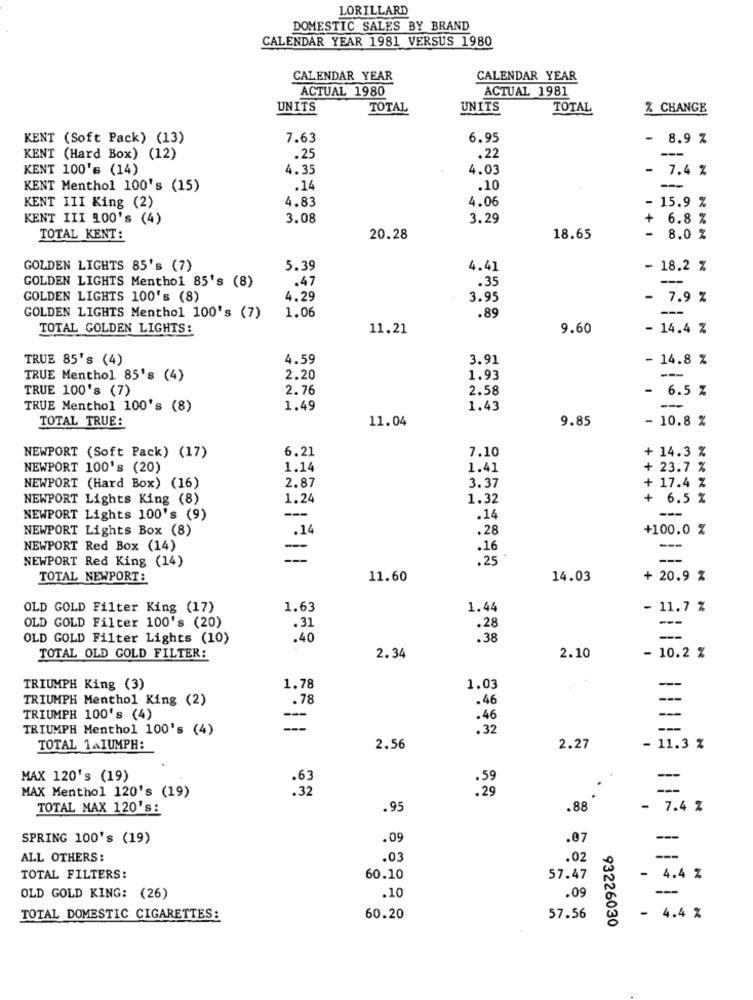
LORILLARD
DOMESTIC SALES BY BRAND
CALENDAR YEAR 1981 VERSUS 1980
CALENDAR YEAR
CALENDAR YEAR
ACTUAL 1980
ACTUAL 1981
UNITS
TOTAL
UNITS
TOTAL
% CHANGE
KENT (Soft Pack) (13)
7.63
6.95
-
8.9 %
KENT (Hard Box) (12)
.25
.22
KENT 100's (14)
4.35
4.03
7.4 %
KENT Menthol 100's (15)
.14
.10
-
4.83
4.06
KENT III King (2)
- 15.9 %
KENT III 100's (4)
3.08
3.29
6.8 %
+
TOTAL KENT:
20.28
18.65
8.0 %
GOLDEN LIGHTS 85's (7)
5.39
4.41
- 18.2 %
GOLDEN LIGHTS Menthol 85's (8)
.47
.35
---
GOLDEN LIGHTS 100's (8)
4.29
3.95
- 7.9 %
1.06
.89
GOLDEN LIGHTS Menthol 100's (7)
TOTAL GOLDEN LIGHTS:
11.21
9.60
- 14.4 %
TRUE 85's (4)
4.59
3.91
- 14.8 %
TRUE Menthol 85's (4)
2.20
1.93
---
TRUE 100's (7)
2.76
2.58
6.5 %
TRUE Menthol 100's (8)
1.49
1.43
-
TOTAL TRUE:
11.04
9.85
- 10.8 %
6.21
7.10
NEWPORT (Soft Pack) (17)
+ 14.3 %
NEWPORT 100's (20)
1.14
1.41
+ 23.7 %
2.87
+ 17.4 %
NEWPORT (Hard Box) (16)
3.37
NEWPORT Lights King (8)
1.24
1.32
6.5 %
NEWPORT Lights 100's (9)
.. 14
---
NEWPORT Lights Box (8)
.28
+100.0 %
.14
NEWPORT Red Box (14)
-
.16
---
NEWPORT Red King (14)
---
.25
TOTAL NEWPORT :
11.60
14.03
+ 20.9 %
OLD GOLD Filter King (17)
1.63
1.44
- 11.7 %
OLD GOLD Filter 100's (20)
.31
.28
OLD GOLD Filter Lights (10)
.40
.38
--
TOTAL OLD GOLD FILTER:
2.34
2.10
- 10.2 %
TRIUMPH King (3)
1.78
1.03
TRIUMPH Menthol King (2)
.78
.46
-
TRIUMPH 100's (4)
-
.46
-
TRIUMPH Menthol 100's (4)
---
.32
---
TOTAL 1AIUMPH:
2.56
2.27
- 11.3 %
MAX 120's (19)
.63
--
MAX Menthol 120's (19)
. 32
: 29
---
TOTAL MAX 120's:
.95
.88
- 7.4 %
SPRING 100's (19)
.09
.07
---
ALL OTHERS:
.03
.02
---
TOTAL FILTERS:
60.10
57.47
- 4.4 %
-
OLD GOLD KING: (26)
.10
.09
TOTAL DOMESTIC CIGARETTES:
60.20
57.56
- 4.4 %
93226030